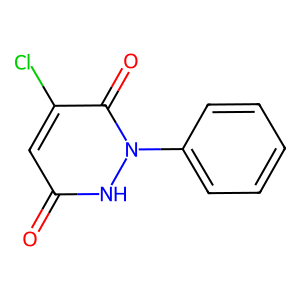
SMILES: O=c1cc(Cl)c(=O)n(-c2ccccc2)[nH]1
Inhibits HIV replication: No